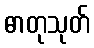
ဓာတုသုတ်